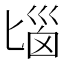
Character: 匘